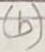
Text: (b)